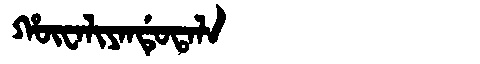
Manchu: ᡥᡡᠸᠠᠯᡳᠶᠠᠨᡩᡠᡨᠠᠯᠠ
Romanization: HŪWALIYANDUTALA